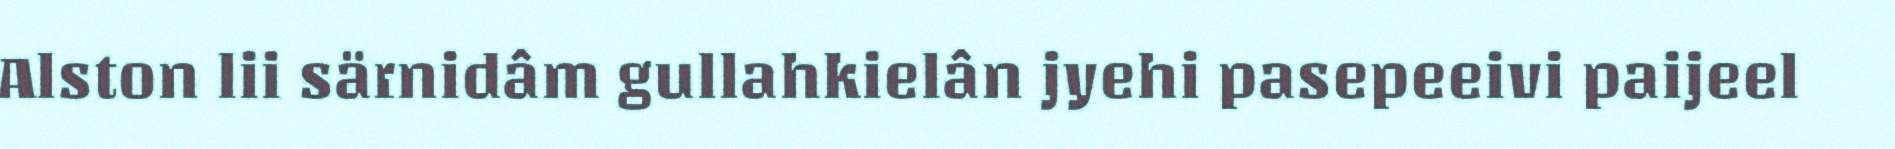
Alston lii särnidâm gullahkielân jyehi pasepeeivi paijeel